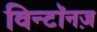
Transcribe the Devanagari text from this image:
विन्टॉनज़